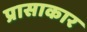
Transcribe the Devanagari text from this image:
प्रासाकार